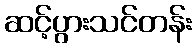
ဆင့်ပွားသင်တန်း